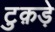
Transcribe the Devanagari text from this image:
टुक़ड़े